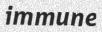
immune